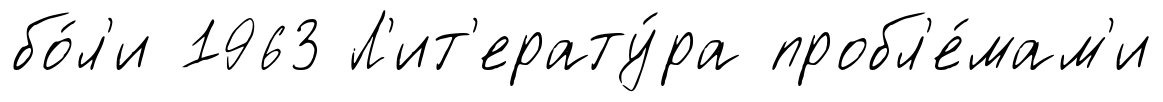
бо́л'и 1963 Л'ит'ерату́ра пробл'е́мам'и